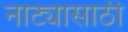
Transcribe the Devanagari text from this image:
नाट्यासाठी